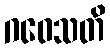
ဂဝေသတိ